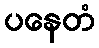
ပနေတံ